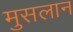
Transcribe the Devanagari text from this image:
मुसलान